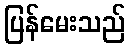
ပြန်မေးသည်